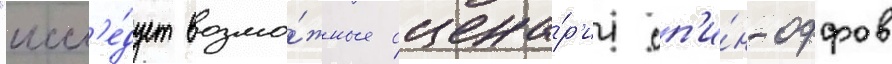
"иссл'е́дует возмо́жные сцена́р'ии сп'и́н-оффов